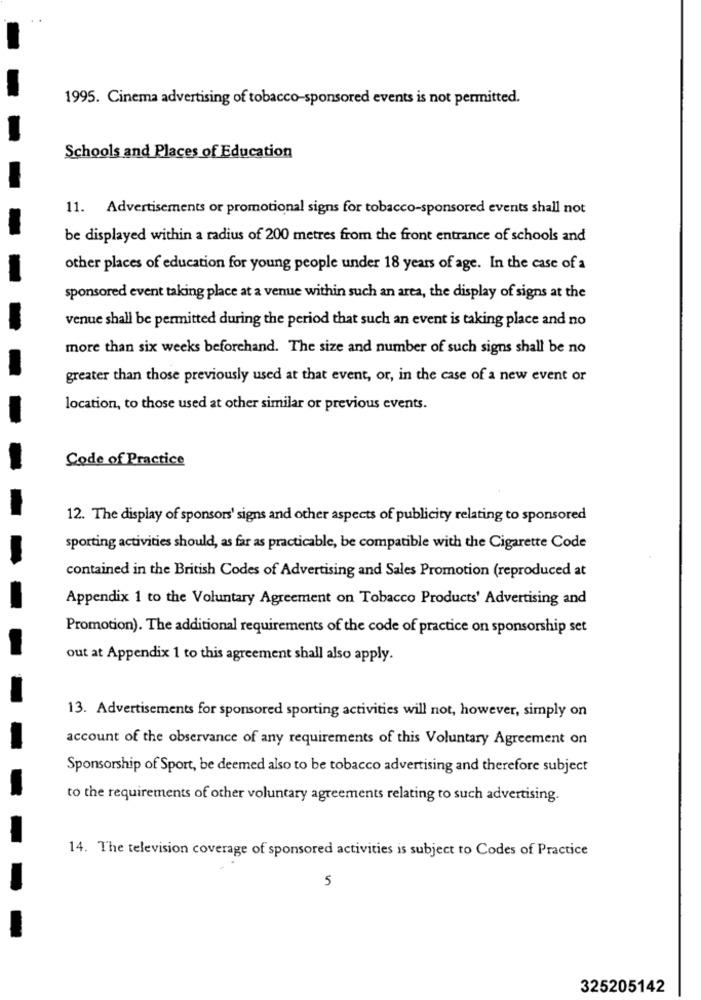
1995. Cinema advertising of tobacco-sponsored events is not permitted.
Schools and Places of Education
11. Advertisements or promotional signs for tobacco-sponsored events shall not
be displayed within a radius of 200 metres from the front entrance of schools and
other places of education for young people under 18 years of age. In the case of a
sponsored event taking place at a venue within such an area, the display of signs at the
venue shall be permitted during the period that such an event is taking place and no
more than six weeks beforehand. The size and number of such signs shall be no
greater than those previously used at that event, or, in the case of a new event or
location, to those used at other similar or previous events.
Code of Practice
12. The display of sponsors' signs and other aspects of publicity relating to sponsored
sporting activities should, as far as practicable, be compatible with the Cigarette Code
contained in the British Codes of Advertising and Sales Promotion (reproduced at
Appendix 1 to the Voluntary Agreement on Tobacco Products' Advertising and
Promotion). The additional requirements of the code of practice on sponsorship set
out at Appendix 1 to this agreement shall also apply.
13. Advertisements for sponsored sporting activities will not, however, simply on
account of the observance of any requirements of this Voluntary Agreement on
Sponsorship of Sport, be deemed also to be tobacco advertising and therefore subject
to the requirements of other voluntary agreements relating to such advertising.
14. The television coverage of sponsored activities is subject to Codes of Practice
5
325205142